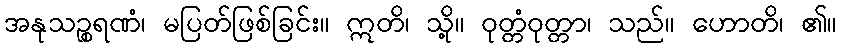
အနုသဉ္စရဏံ၊ မပြတ်ဖြစ်ခြင်း။ ဣတိ၊ သို့။ ဝုတ္တံဝုတ္တာ၊ သည်။ ဟောတိ၊ ၏။